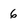
Character: 6